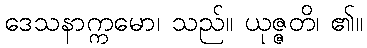
ဒေသနာက္ကမော၊ သည်။ ယုဇ္ဇတိ၊ ၏။